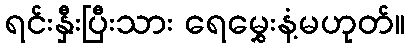
ရင်းနှီးပြီးသား ရေမွှေးနံ့မဟုတ်။